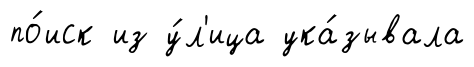
по́иск из у́л'ица ука́зывала